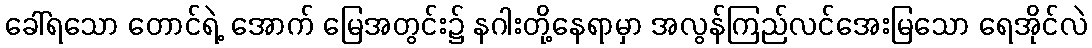
ခေါ်ရသော တောင်ရဲ့ အောက် မြေအတွင်း၌ နဂါးတို့နေရာမှာ အလွန်ကြည်လင်အေးမြသော ရေအိုင်လဲ